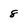
Character: 8